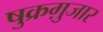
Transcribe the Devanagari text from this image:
षुक्रग़ुजार